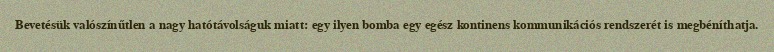
Bevetésük valószínűtlen a nagy hatótávolságuk miatt: egy ilyen bomba egy egész kontinens kommunikációs rendszerét is megbéníthatja.